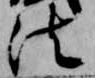
法